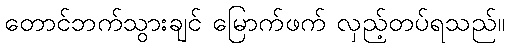
တောင်ဘက်သွားချင် မြောက်ဖက် လှည့်တပ်ရသည်။